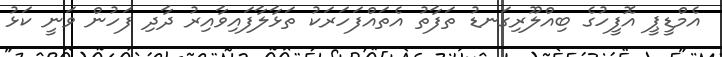
އެމްޑީޕީ އޮފީހުގެ ބިއްލޫރިގަނޑު ތަފާތު އެތައްފަހަރަކު ތަޅާލާފައިވާއިރު ދާދި ފަހުން ވަނީ ކަޅު